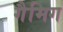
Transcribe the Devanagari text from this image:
गैमिग